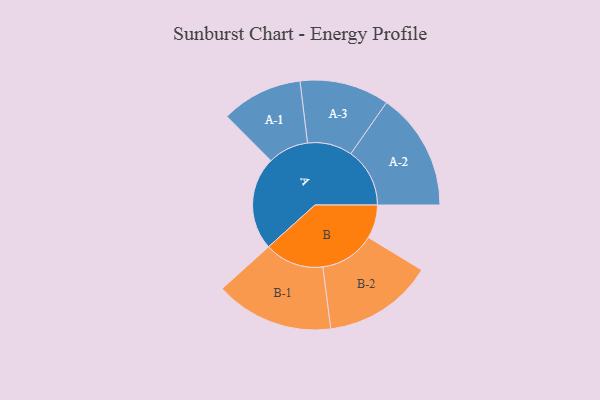
{"axis": {"x": "Segment", "y": "Value"}, "legend": ["", "A", "B"], "data": [{"x": "A", "y": 473, "type": ""}, {"x": "B", "y": 170, "type": ""}, {"x": "A-1", "y": 206, "type": "A"}, {"x": "A-2", "y": 299, "type": "A"}, {"x": "A-3", "y": 227, "type": "A"}, {"x": "B-1", "y": 300, "type": "B"}, {"x": "B-2", "y": 279, "type": "B"}]}